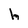
Character: h